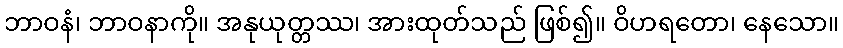
ဘာဝနံ၊ ဘာဝနာကို။ အနုယုတ္တဿ၊ အားထုတ်သည် ဖြစ်၍။ ဝိဟရတော၊ နေသော။